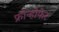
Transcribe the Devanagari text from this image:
फ्रौन्होफेर